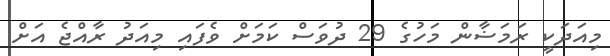
މިއަދަކީ ރަމަޟާން މަހުގެ 29 ދުވަސް ކަމަށް ވެފައި މިއަދު ރާއްޖެ އަށް